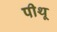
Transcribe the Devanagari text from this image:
पीथू